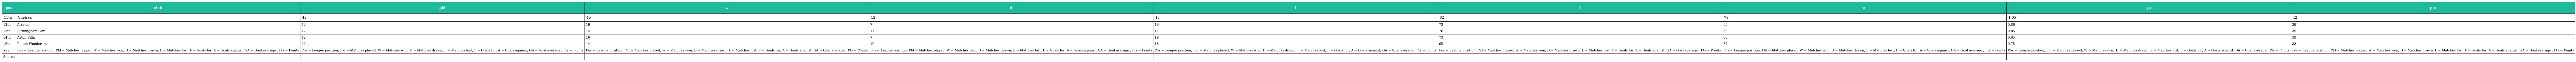
| pos | club | pld | w | d | l | f | a | ga | pts |
 | --- | --- | --- | --- | --- | --- | --- | --- | --- | --- |
 | 11th | Chelsea | 42 | 15 | 12 | 15 | 82 | 79 | 1.05 | 42 |
 | 12th | Arsenal | 42 | 16 | 7 | 19 | 73 | 85 | 0.86 | 39 |
 | 13th | Birmingham City | 42 | 14 | 11 | 17 | 76 | 89 | 0.85 | 39 |
 | 14th | Aston Villa | 42 | 16 | 7 | 19 | 73 | 86 | 0.85 | 39 |
 | 15th | Bolton Wanderers | 42 | 14 | 10 | 18 | 65 | 87 | 0.75 | 38 |
 | Key | Pos = League position; Pld = Matches played; W = Matches won; D = Matches drawn; L = Matches lost; F = Goals for; A = Goals against; GA = Goal average ; Pts = Points | Pos = League position; Pld = Matches played; W = Matches won; D = Matches drawn; L = Matches lost; F = Goals for; A = Goals against; GA = Goal average ; Pts = Points | Pos = League position; Pld = Matches played; W = Matches won; D = Matches drawn; L = Matches lost; F = Goals for; A = Goals against; GA = Goal average ; Pts = Points | Pos = League position; Pld = Matches played; W = Matches won; D = Matches drawn; L = Matches lost; F = Goals for; A = Goals against; GA = Goal average ; Pts = Points | Pos = League position; Pld = Matches played; W = Matches won; D = Matches drawn; L = Matches lost; F = Goals for; A = Goals against; GA = Goal average ; Pts = Points | Pos = League position; Pld = Matches played; W = Matches won; D = Matches drawn; L = Matches lost; F = Goals for; A = Goals against; GA = Goal average ; Pts = Points | Pos = League position; Pld = Matches played; W = Matches won; D = Matches drawn; L = Matches lost; F = Goals for; A = Goals against; GA = Goal average ; Pts = Points | Pos = League position; Pld = Matches played; W = Matches won; D = Matches drawn; L = Matches lost; F = Goals for; A = Goals against; GA = Goal average ; Pts = Points | Pos = League position; Pld = Matches played; W = Matches won; D = Matches drawn; L = Matches lost; F = Goals for; A = Goals against; GA = Goal average ; Pts = Points |
 | Source |  |  |  |  |  |  |  |  |  |